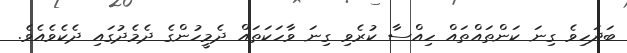
ބަދަހިވެ ގިނަ ކަންތައްތައް ހިއްސާ ކުރެވި ގިނަ ވާހަކަތައް ދެމީހުންގެ ދެމެދުގައި ދެކެވެއެވެ.